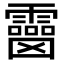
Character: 𩆒